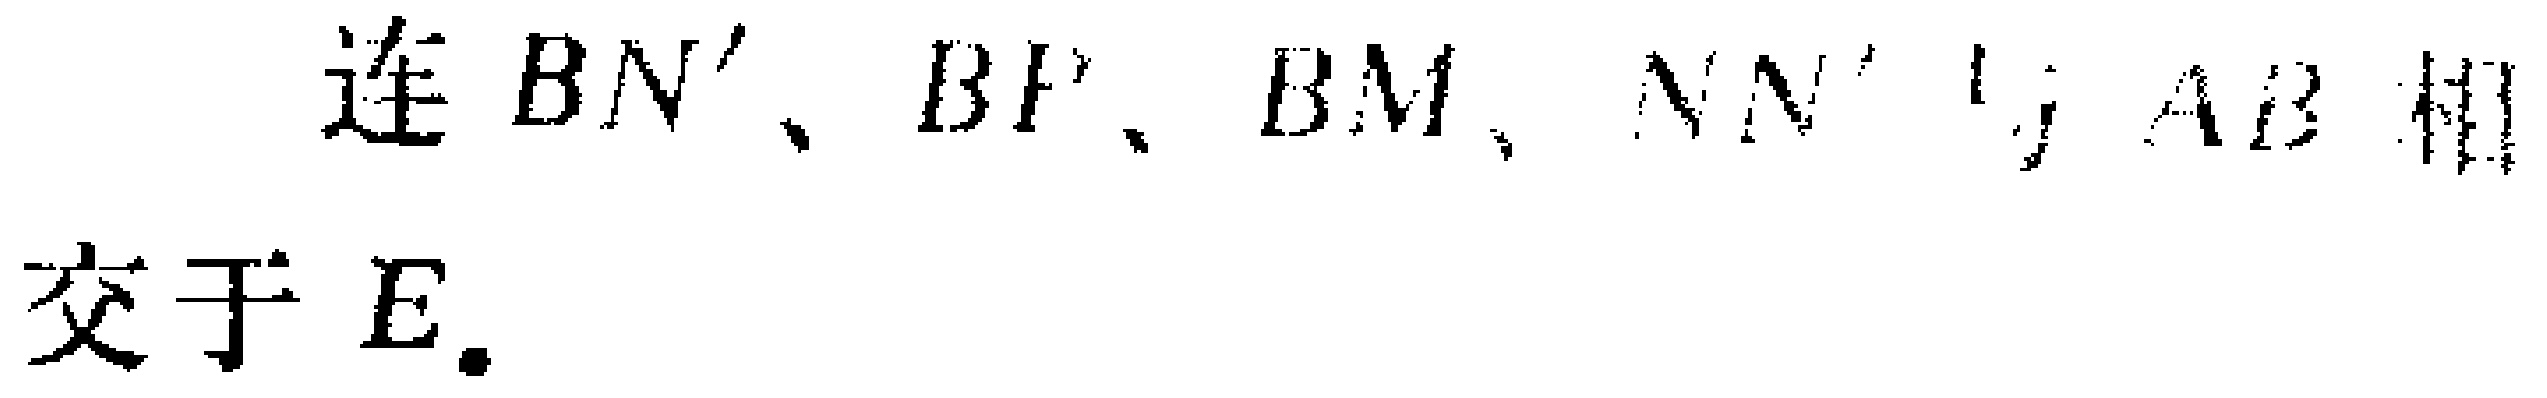
连 \(BN'\)、\(BF\)、\(BM\)，\(NN'\) 与 \(AB\) 相交于 \(E\).